Senior Leaving Certificate Examination (including Day School Certificate (Higher) General paper), 1948
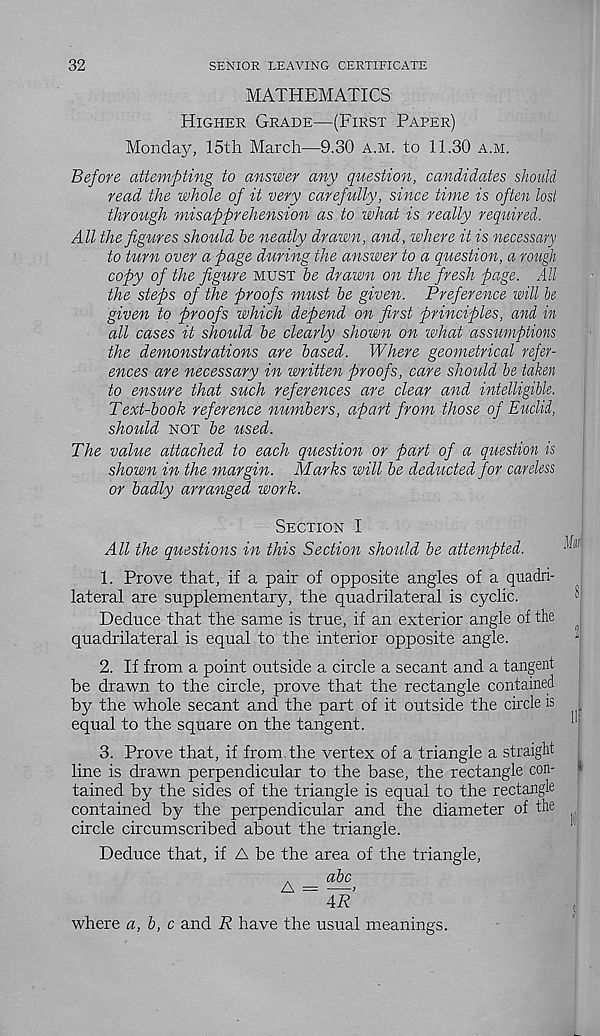
32
SENIOR LEAVING CERTIFICATE
MATHEMATICS
Higher Grade—(First Paper)
Monday, 15th March—9.30 a.m. to 11.30 a.m.
Before attempting to answer any question, candidates should
read the whole of it very carefully, since time is often lost
through misapprehension as to what is really required.
All the figures should he neatly drawn, and, where it is necessary
to turn over a page during the answer to a question, a rough
copy of the figure must he drawn on the fresh page. All
the steps of the proofs must he given. Preference will he
given to proofs which depend on first principles, and in
all cases it should he clearly shown on what assumptions
the demonstrations are based. Where geometrical refer-
ences are necessary in written proofs, care should he taken
to ensure that such references are clear and intelligible.
Text-hook reference numbers, apart from those of Euclid,
should not be used.
The value attached to each question or part of a question is
shown in the margin. Marks will he deducted for careless
or badly arranged work.
Section I
All the questions in this Section should he attempted.
1. Prove that, if a pair of opposite angles of a quadri-
lateral are supplementary, the quadrilateral is cyclic.
Deduce that the same is true, if an exterior angle of the
quadrilateral is equal to the interior opposite angle.
2. If from a point outside a circle a secant and a tangent
be drawn to the circle, prove that the rectangle contained
by the whole secant and the part of it outside the circle is
equal to the square on the tangent.
3. Prove that, if from, the vertex of a triangle a straight
line is drawn perpendicular to the base, the rectangle con-
tained by the sides of the triangle is equal to the rectangle
contained by the perpendicular and the diameter of the
circle circumscribed about the triangle.
Deduce that, if A be the area of the triangle,
.
ahc
A = —.
AR
where a, h, c and R have the usual meanings.